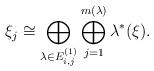
LaTeX: \begin{align*}\xi_j\cong \bigoplus_{\lambda\in E_{i,j}^{(1)}}\bigoplus_{j=1}^{m(\lambda)}\lambda^*(\xi).\end{align*}